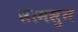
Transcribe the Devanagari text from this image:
सामसुन